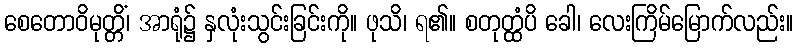
စေတောဝိမုတ္တိံ၊ အာရုံ၌ နှလုံးသွင်းခြင်းကို။ ဖုသိ၊ ရ၏။ စတုတ္ထံပိ ခေါ၊ လေးကြိမ်မြောက်လည်း။